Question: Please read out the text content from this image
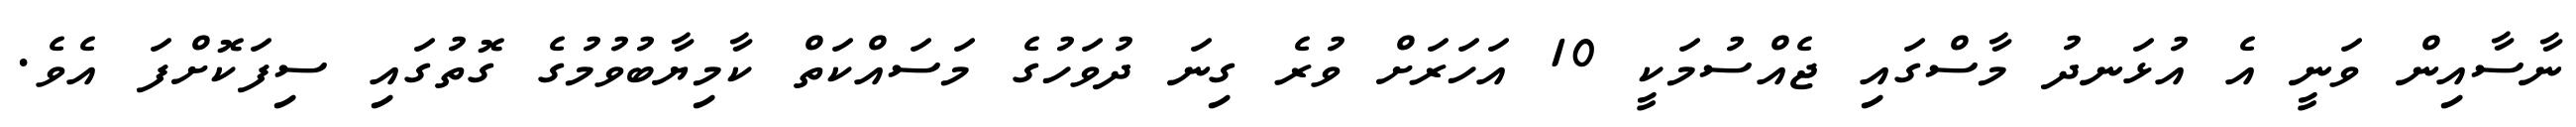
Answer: ނާސާއިން ވަނީ އެ އުޅަނދު މާސްގައި ޖެއްސުމަކީ 10 އަހަރަށް ވުރެ ގިނަ ދުވަހުގެ މަސައްކަތް ކާމިޔާބުވުމުގެ ގޮތުގައި ސިފަކޮށްފަ އެވެ.